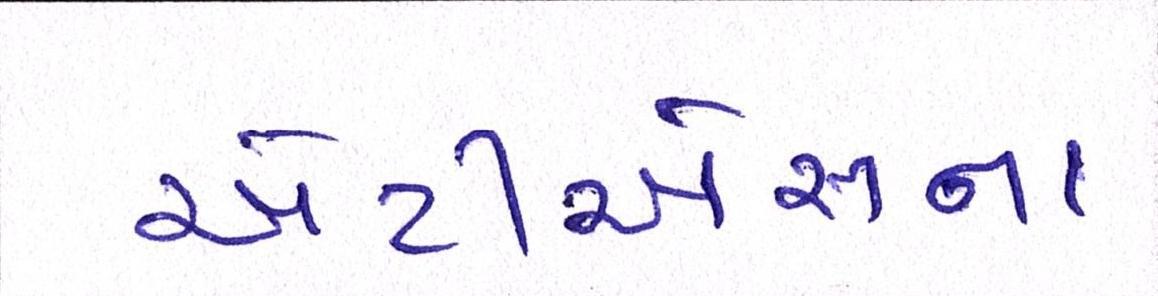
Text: એટીએસના